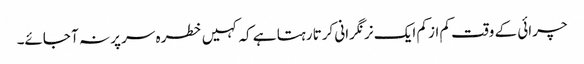
چرائی کے وقت کم از کم ایک نر نگرانی کرتا رہتا ہے کہ کہیں خطرہ سر پر نہ آ جائے۔